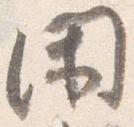
閑